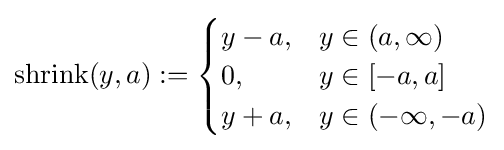
{\text{shrink}}(y,a):={\begin{cases}y-a,&y\in (a,\infty )\\0,&y\in [-a,a]\\y+a,&y\in (-\infty ,-a)\end{cases}}